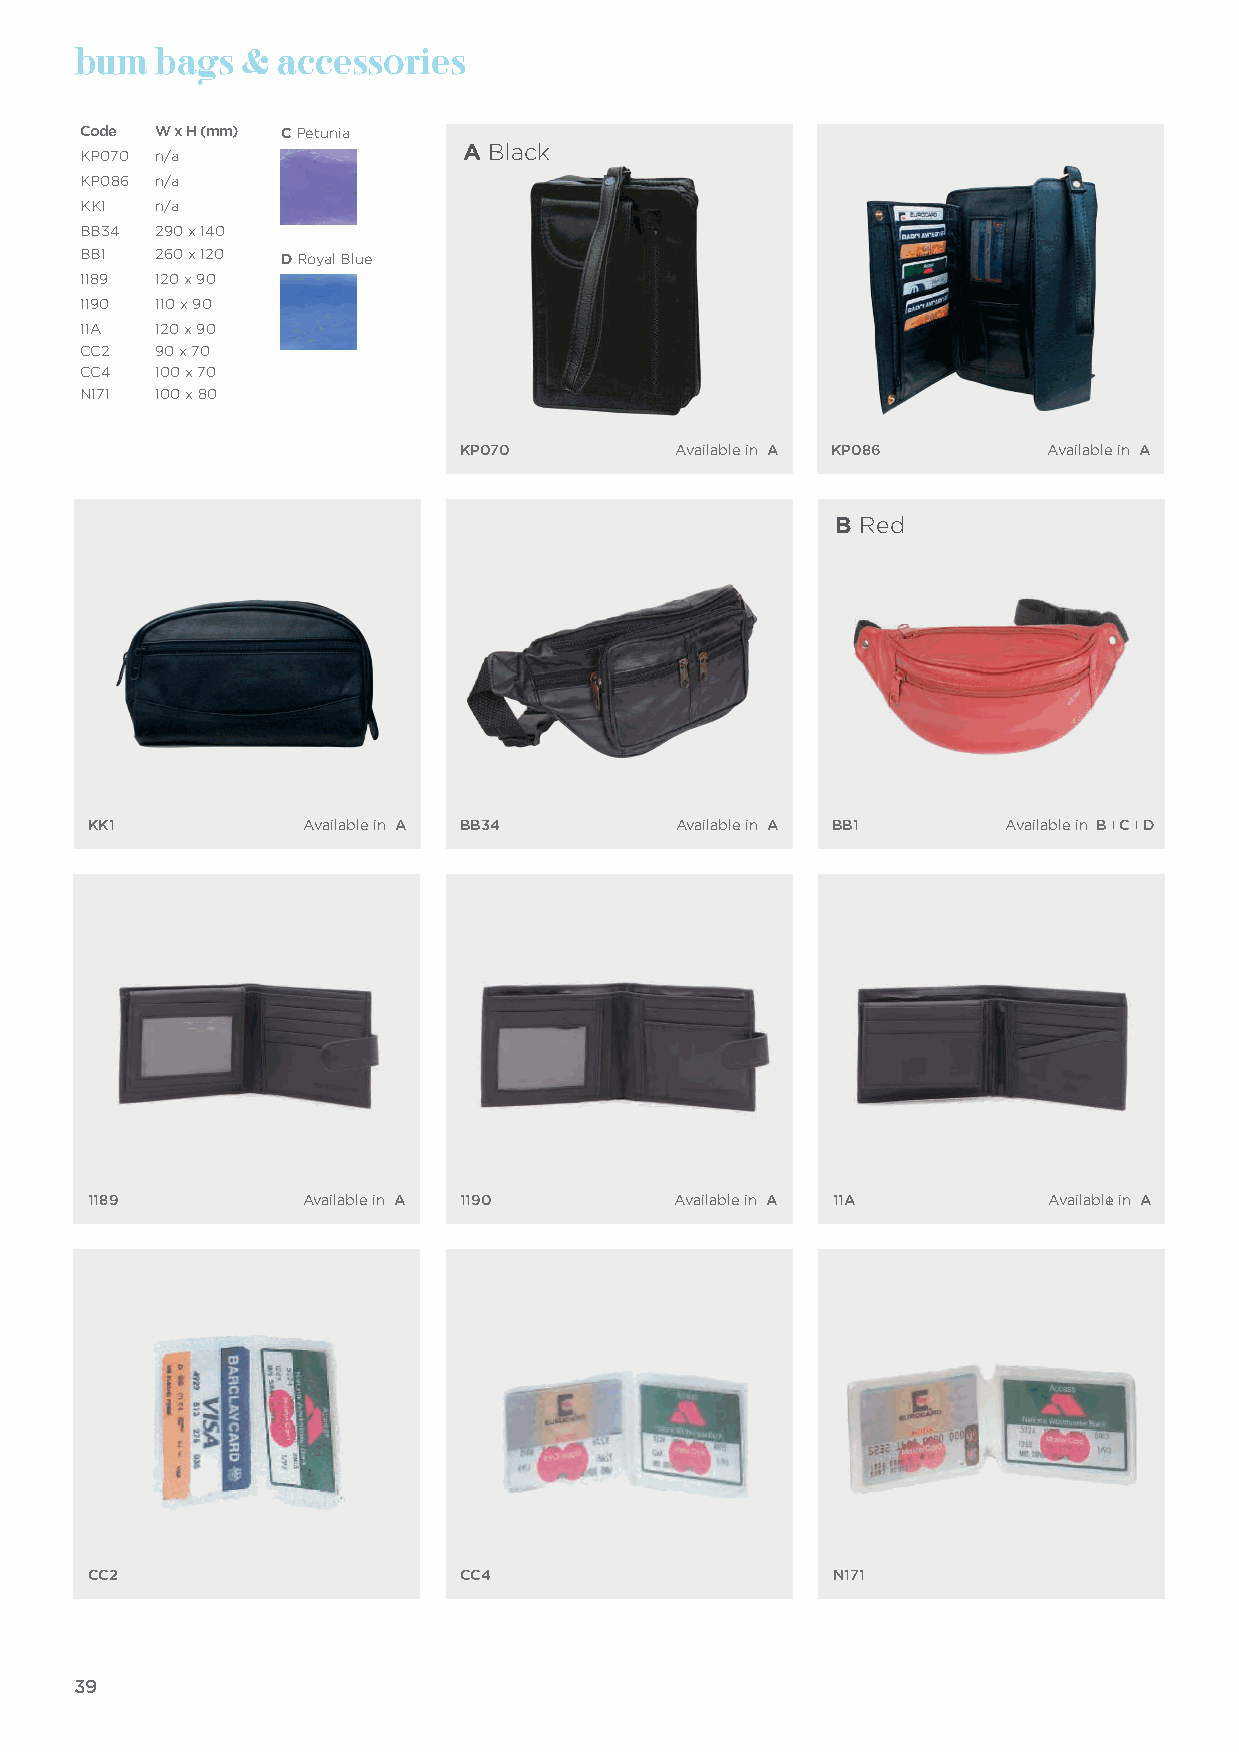
bum  bags  & accessories
 Code W x H (mm) C Petunia
 A Black
 KP070 n/a
 KP086 n/a
 KK1  n/a
 BB34 290 x 140
 BB1  260 x 120 D Royal Blue
 1189 120 x 90
 1190 110 x 90
 11A  120 x 90
 CC2  90 x 70
 CC4  100 x 70
 N171 100 x 80
 KP070         Available in A KP086    Available in A
 B Red
 KK1           Available in A BB34      Available in A BB1    Available in B I C I D
 1189          Available in A 1190      Available in A 11A      AvailableI in A
 CC2                      CC4                     N171
 39